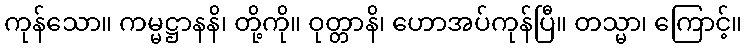
ကုန်သော။ ကမ္မဋ္ဌာနနိ၊ တို့ကို။ ဝုတ္တာနိ၊ ဟောအပ်ကုန်ပြီ။ တသ္မာ၊ ကြောင့်။